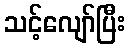
သင့်လျော်ပြီး